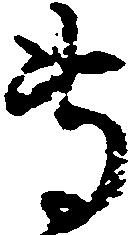
専